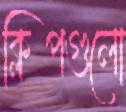
ক্লিপগুলো